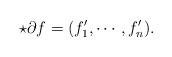
LaTeX: \begin{align*}\star \partial f =(f'_1,\cdots,f'_n).\end{align*}